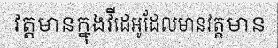
វត្តមានក្នុងវីដេអូដែលមានវត្តមាន